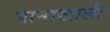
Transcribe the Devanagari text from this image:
पानाखाली